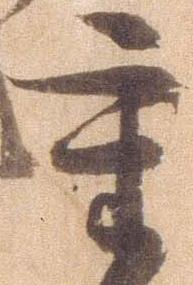
重